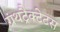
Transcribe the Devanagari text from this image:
ग्रंथट्रैक्टेटस